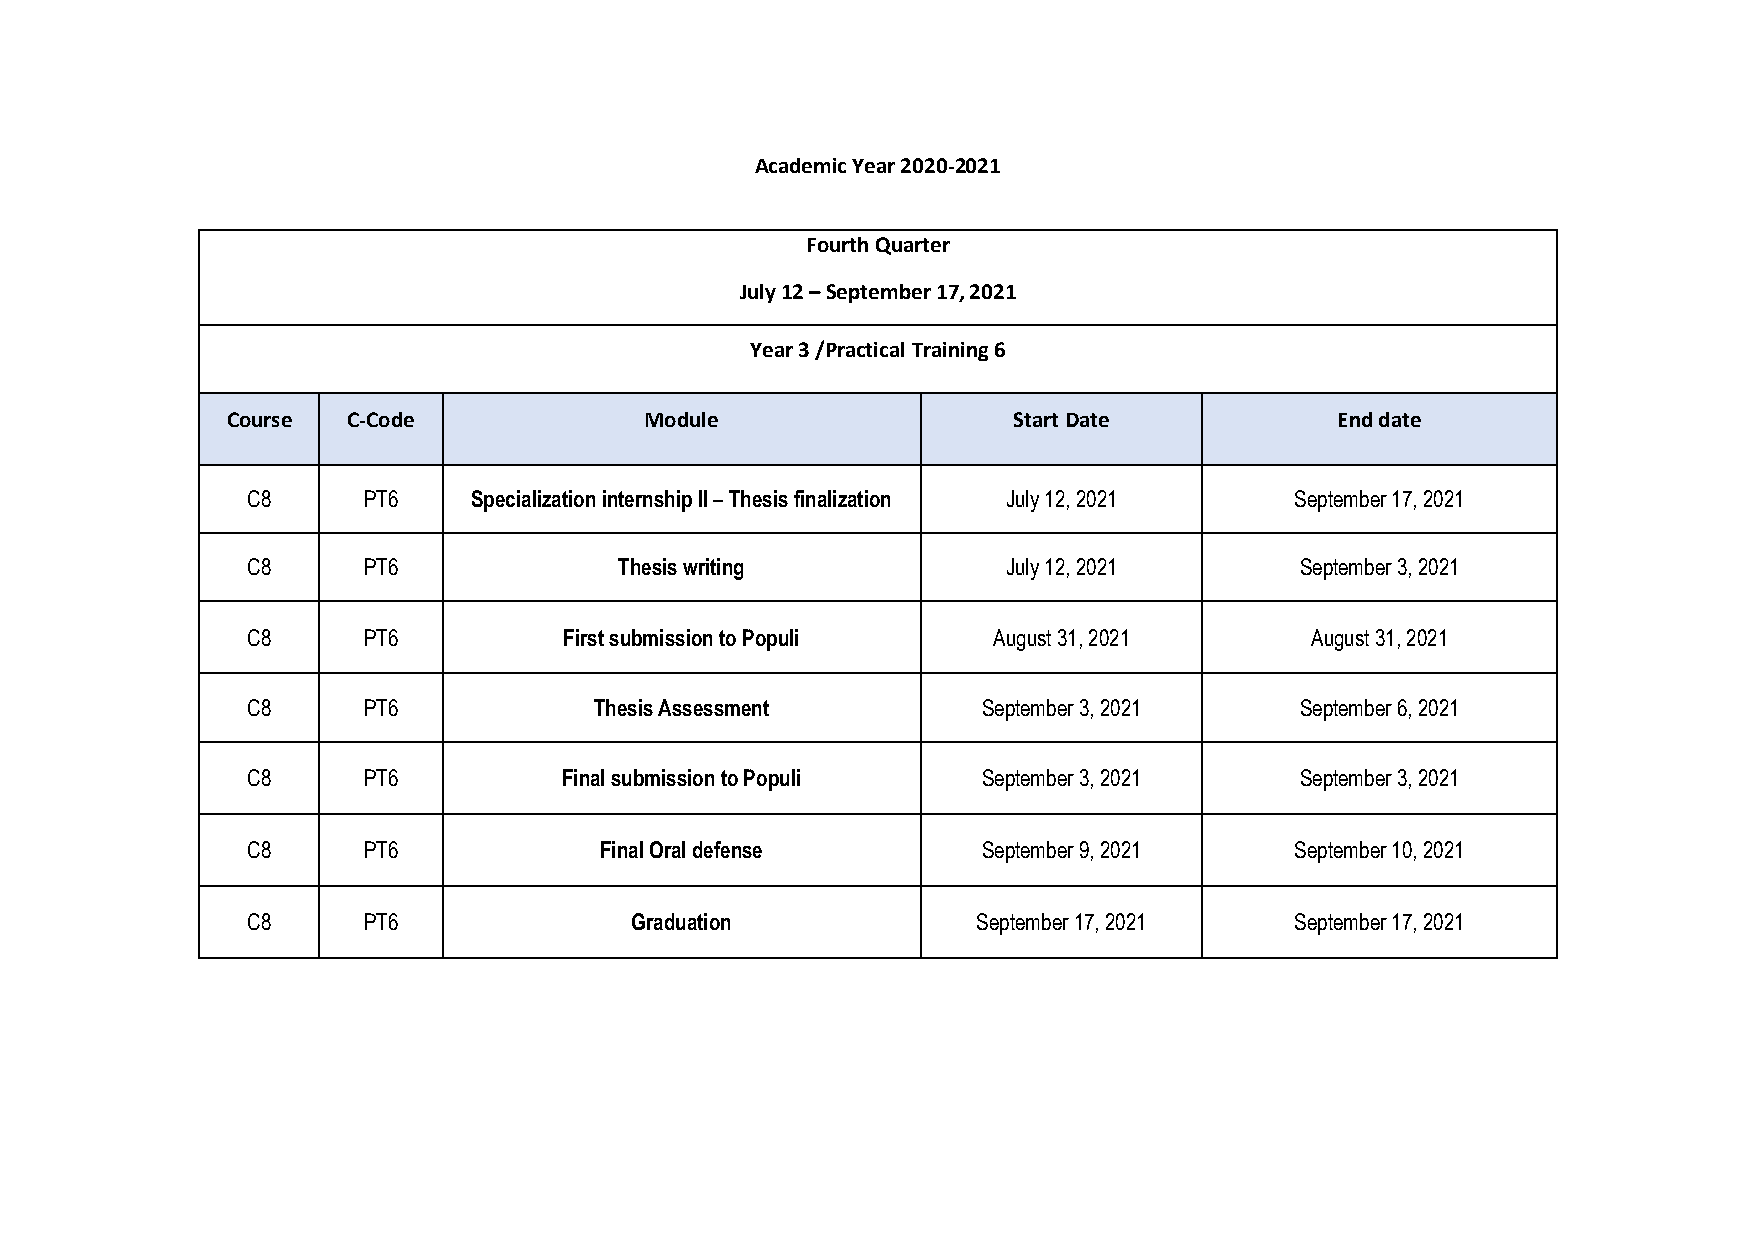
Academic Year 2020-2021
 Fourth Quarter
 July 12 – September 17, 2021
 Year 3 /Practical Training 6
 Course  C-Code              Module                  Start Date            End date
 C8      PT6    Specialization internship II – Thesis finalization July 12, 2021 September 17, 2021
 C8      PT6              Thesis writing            July 12, 2021      September 3, 2021
 C8      PT6          First submission to Populi   August 31, 2021      August 31, 2021
 C8      PT6            Thesis Assessment         September 3, 2021    September 6, 2021
 C8      PT6          Final submission to Populi  September 3, 2021    September 3, 2021
 C8      PT6             Final Oral defense       September 9, 2021    September 10, 2021
 C8      PT6               Graduation             September 17, 2021   September 17, 2021